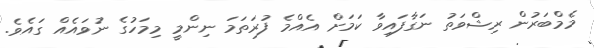
މެމްބަރުން ރިޝްވަތު ނަގާފައިވާ ކަމަށް އެއްމެ ފުރަތަމަ ނިންމީ މިމަހުގެ ނުވައެއް ގައެވެ.